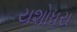
યશોધરા